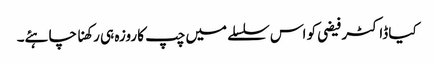
کیا ڈاکٹر فیضی کو اس سلسلے میں چپ کا روزہ ہی رکھنا چاہئے۔